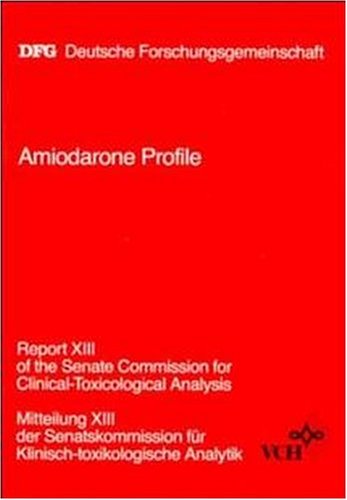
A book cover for Amiodarone Profile (Report of the Senate Commission for Clinical-Toxicological Analysis/Mitteilung Der Senatskommission Fur Klinisch-Toxikologische Analytik); Medical Books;